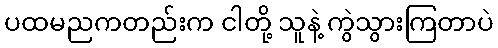
ပထမညကတည်းက ငါတို့ သူနဲ့ ကွဲသွားကြတာပဲ